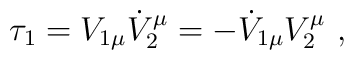
\tau _1=V_{1\mu}\dot V_{2}^{\mu}=-\dot V_{1\mu}V_{2}^{\mu}~,